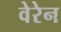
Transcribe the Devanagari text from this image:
वेरेन